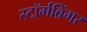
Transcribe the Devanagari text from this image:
स्टॉर्मब्रिंगर